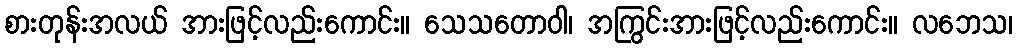
စားတုန်းအလယ် အားဖြင့်လည်းကောင်း။ သေသတောဝါ၊ အကြွင်းအားဖြင့်လည်းကောင်း။ လဘေသ၊